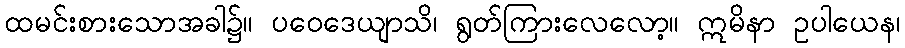
ထမင်းစားသောအခါ၌။ ပဝေဒေယျာသိ၊ ရွတ်ကြားလေလော့။ ဣမိနာ ဥပါယေန၊